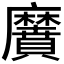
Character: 𪎬